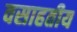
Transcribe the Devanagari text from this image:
वसाहतीय